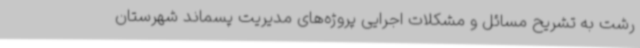
رشت به تشریح مسائل و مشکلات اجرایی پروژه‌های مدیریت پسماند شهرستان